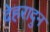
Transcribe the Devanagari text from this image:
देहरादुन